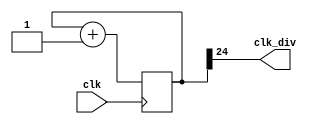
`timescale 1ns / 1ps

module clock_divider(clk, clk_div);

parameter n = 25;

input clk;
output clk_div;

reg [n-1 : 0] counter;
wire [n-1 : 0]counter_next;

always@(posedge clk)
begin
  counter <= counter_next;
end

assign counter_next = counter + 1'b1;
assign clk_div = counter[n-1];

endmodule